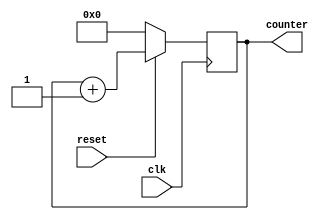
module counter (clk, reset, counter);
input          clk;
input          reset;
output  [3:0]  counter;

reg  [3:0]     counter;   // 17 bits for 128k counting at 100MHz
wire           ms_tick = counter == 17'd100_000; 


always @(posedge clk)
  if (!reset)            counter <= 0 ;
  else if (ms_tick)      counter <= 0 ;
  else                   counter  <= counter + 1;

endmodule